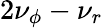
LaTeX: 2\nu_{\phi}-\nu_{r}